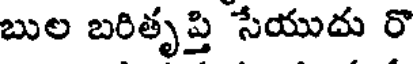
బుల బరితృప్తి సేయుదు రొ